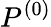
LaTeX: P^{(0)}